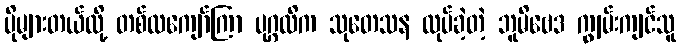
ပိုများတယ်လို့ တစ်လကျော်ကြာ ပုဂ္ဂလိက သုတေသန လုပ်ခဲ့တဲ့ ဘူမိဗေဒ ကျွမ်းကျင်သူ